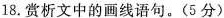
18.赏析文中的画线语句。(5分)